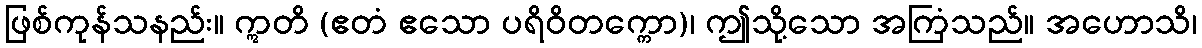
ဖြစ်ကုန်သနည်း။ ဣတိ (ဧတံ ဧသော ပရိဝိတက္ကော)၊ ဤသို့သော အကြံသည်။ အဟောသိ၊